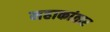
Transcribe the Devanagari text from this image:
महाकांतार